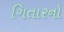
ગિતારનો